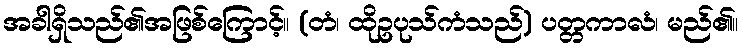
အခါရှိသည်၏အဖြစ်ကြောင့်။ (တံ၊ ထိုဥပုသ်ကံသည်) ပတ္တကာလံ၊ မည်၏။